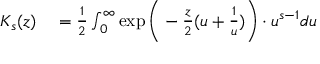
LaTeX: \begin{array} { r l } { K _ { s } ( z ) } & { { } = { \frac { 1 } { 2 } } \int _ { 0 } ^ { \infty } \exp { \biggl ( } - { \frac { z } { 2 } } ( u + { \frac { 1 } { u } } ) { \biggr ) } \cdot u ^ { s - 1 } d u } \end{array}